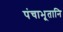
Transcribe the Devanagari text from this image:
पंचाभूतानि